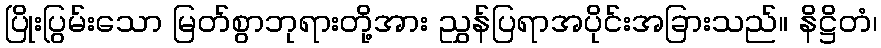
ပြိုးပြွမ်းသော မြတ်စွာဘုရားတို့အား ညွှန်ပြရာအပိုင်းအခြားသည်။ နိဋ္ဌိတံ၊